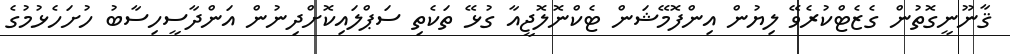
ޤާނޫނީގޮތުން ގެޒެޓްކުރެވޭ ލިޔުން އިންފޮމޭޝަން ޓެކްނޮލޮޖީއާ ގުޅޭ ތަކެތި ސަޕްލައިކޮށްދިނުން އަންދާސީހިސާބު ހުށަހެޅުމުގެ